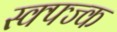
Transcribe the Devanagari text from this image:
स्क्फ्ज्क